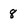
Character: 8